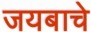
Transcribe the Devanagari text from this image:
जयबाचे